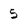
Character: 5